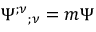
\Psi ^ { ; \nu } { } _ { ; \nu } = m \Psi